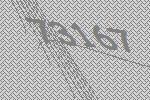
73167